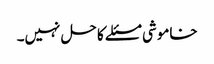
خاموشی مسئلے کا حل نہیں۔